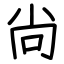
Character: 尙